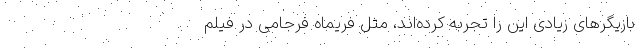
بازیگرهای زیادی این را تجربه کرده‌اند، مثل فریماه فرجامی در فیلم